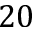
2 0